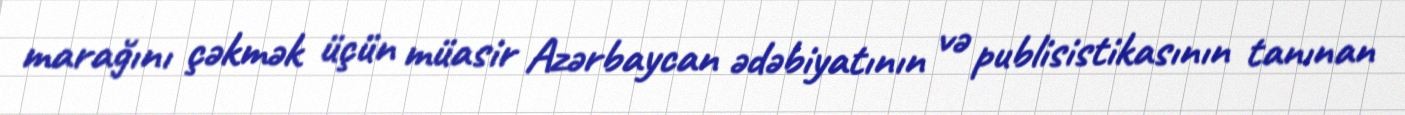
marağını çəkmək üçün müasir Azərbaycan ədəbiyatının və publisistikasının tanınan